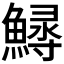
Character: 𩺎